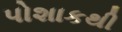
પોશાકથી